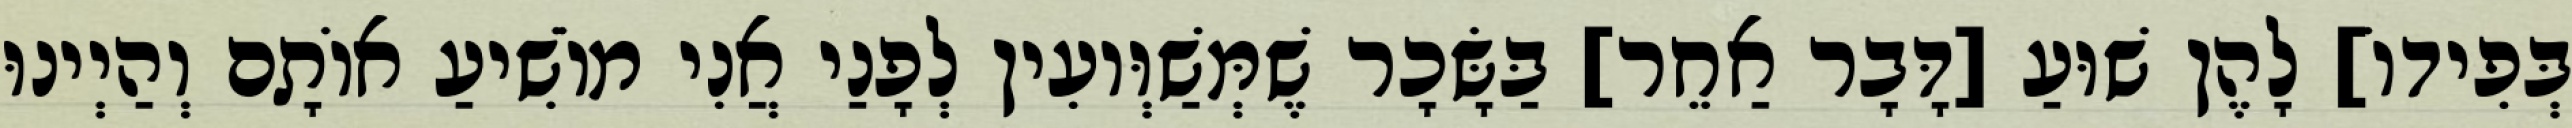
בְּפִידוֹ] לָהֶן שׁוּעַ [דָּבָר אַחֵר] בַּשָּׂכָר שֶׁמְּשַׁוְּועִין לְפָנַי אֲנִי מוֹשִׁיעַ אוֹתָם וְהַיְינוּ